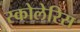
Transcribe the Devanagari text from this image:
स्कोलेरिस